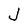
Character: J